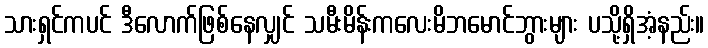
သားရှင်ကပင် ဒီလောက်ဖြစ်နေလျှင် သမီးမိန်းကလေးမိဘမောင်ဘွားများ ပသို့ရှိအံ့နည်း။